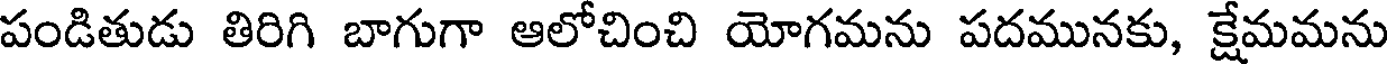
పండితుడు తిరిగి బాగుగా ఆలోచించి యోగమను పదమునకు, క్షేమమను